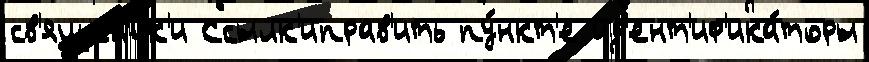
св'ящен'ик'и Ссылк'иправ'ить пу́нкт'е ид'ент'иф'ика́торы